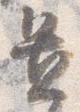
置